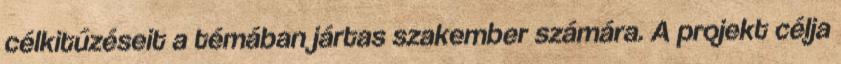
célkitűzéseit a témában jártas szakember számára. A projekt célja